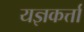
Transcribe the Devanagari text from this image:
यज्ञकर्त्ता